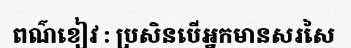
ពណ៌ខៀវ : ប្រសិនបើអ្នកមានសរសៃ